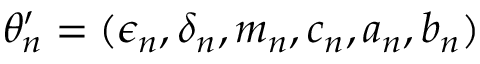
\theta _ { n } ^ { \prime } = ( \epsilon _ { n } , \delta _ { n } , m _ { n } , c _ { n } , a _ { n } , b _ { n } )